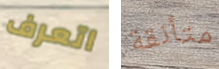
اتعرف متأنقة